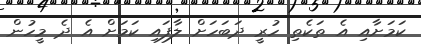
ކަމަށާއި އެ ތަކެތި ހުރީ ދަބަހަށް ލާފައި ކަމަށް އެ ދެ މީހުން